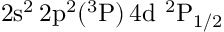
\mathrm { 2 s ^ { 2 } \, 2 p ^ { 2 } ( ^ { 3 } P ) \, 4 d ~ ^ { 2 } P _ { 1 / 2 } }